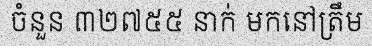
ចំនួន ៣២៧៥៥ នាក់ មកនៅត្រឹម